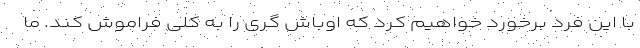
با این فرد برخورد خواهیم کرد که اوباش گری را به کلی فراموش کند. ما